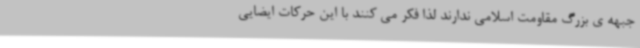
جبهه ی بزرگ مقاومت اسلامی ندارند لذا فکر می کنند با این حرکات ایضایی